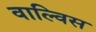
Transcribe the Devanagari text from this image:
वाल्विस